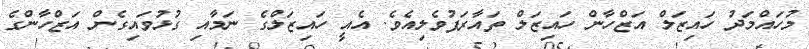
މުހައްމަދު ހައިޒަލް އަޒްހާން ހައިޒަލް ތައާރަފުވެލިއެވެ. އެއީ ހައިޒަލްގެ ނަމާއި ގުޅުވައިގެން އަޒްހާންގެ